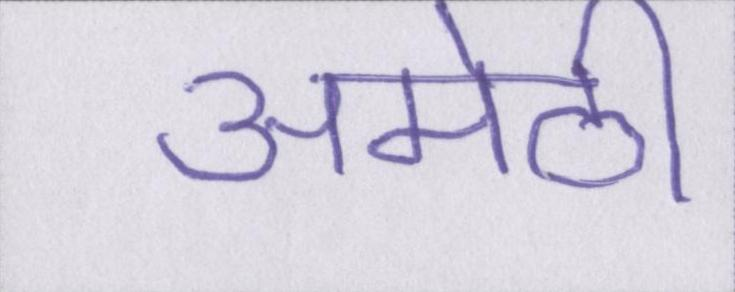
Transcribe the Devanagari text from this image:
अमेठी